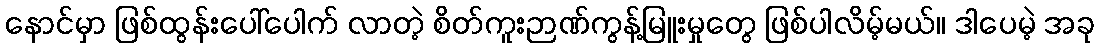
နောင်မှာ ဖြစ်ထွန်းပေါ်ပေါက် လာတဲ့ စိတ်ကူးဉာဏ်ကွန့်မြူးမှုတွေ ဖြစ်ပါလိမ့်မယ်။ ဒါပေမဲ့ အခု